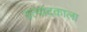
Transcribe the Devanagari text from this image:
उत्पादकाला